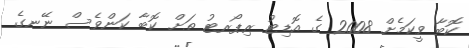
ކޮބާ ވީކަމެށް 2008 ގެ އޮޑިޓު ރިޕޯރޓު ތަށް ކޮބާ ކަންވެސް ނޭނގެ